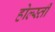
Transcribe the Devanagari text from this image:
होल्स्ती